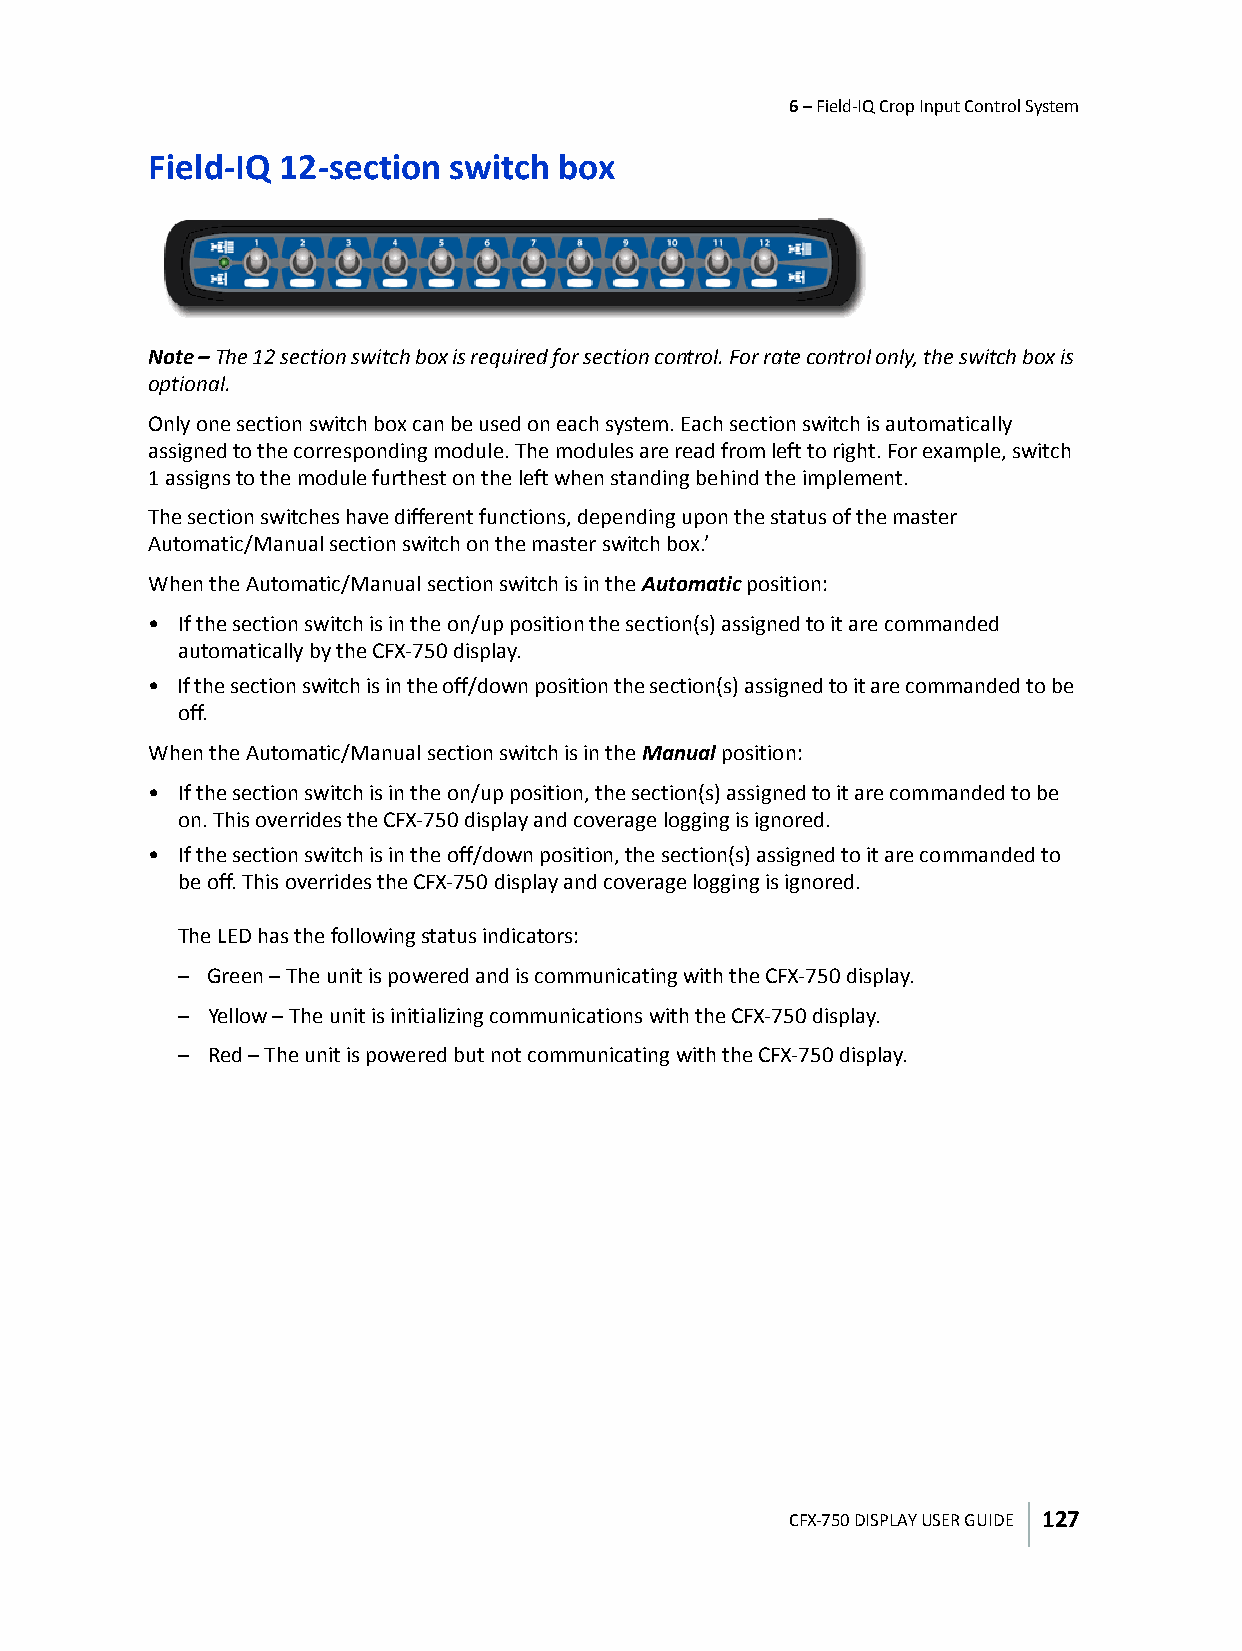
6 – Field-IQ Crop Input Control System
 Field-IQ 12-section switch box
 Note – The 12 section switch box is required for section control. For rate control only, the switch box is
 optional.
 Only one section switch box can be used on each system. Each section switch is automatically
 assigned to the corresponding module. The modules are read from left to right. For example, switch
 1 assigns to the module furthest on the left when standing behind the implement.
 The section switches have different functions, depending upon the status of the master
 Automatic/Manual section switch on the master switch box.’
 When the Automatic/Manual section switch is in the Automatic position:
 • If the section switch is in the on/up position the section(s) assigned to it are commanded
 automatically by the CFX-750 display.
 • If the section switch is in the off/down position the section(s) assigned to it are commanded to be
 off.
 When the Automatic/Manual section switch is in the Manual position:
 • If the section switch is in the on/up position, the section(s) assigned to it are commanded to be
 on. This overrides the CFX-750 display and coverage logging is ignored.
 • If the section switch is in the off/down position, the section(s) assigned to it are commanded to
 be off. This overrides the CFX-750 display and coverage logging is ignored.
 The LED has the following status indicators:
 – Green – The unit is powered and is communicating with the CFX-750 display.
 – Yellow – The unit is initializing communications with the CFX-750 display.
 – Red – The unit is powered but not communicating with the CFX-750 display.
 CFX-750 DISPLAY USER GUIDE 127